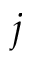
j